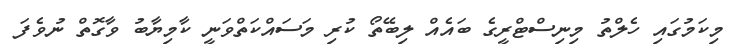
މިކަމުގައި ހެލްތު މިނިސްޓްރީގެ ބައެއް ލިބޭތޯ ކުރި މަސައްކަތްވަނީ ކާމިޔާބު ވާގޮތް ނުވެފަ